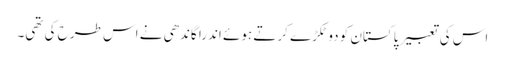
اس کی تعبیر پاکستان کو دو ٹکڑے کرتے ہوئے اندرا گاندھی نے اس طرح کی تھی۔